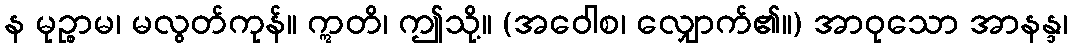
န မုဉ္စာမ၊ မလွတ်ကုန်။ ဣတိ၊ ဤသို့။ (အဝေါစ၊ လျှောက်၏။) အာဝုသော အာနန္ဒ၊